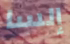
إلسا